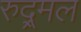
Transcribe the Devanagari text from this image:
रुद्र्मल